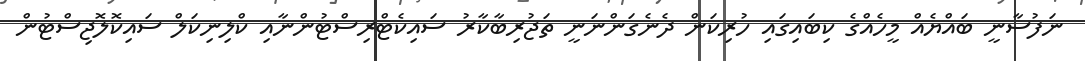
ނަފުސާނީ ބައްޔެއް މީހެއްގެ ކިބައިގައި ހުރިކަން ދެނެގަންނަނީ ތަޖުރިބާކާރު ސައިކެޓްރިސްޓުންނާއި ކްލިނިކަލް ސައިކޮލޮޖިސްޓުން